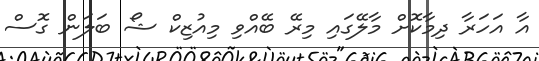
އާ އަހަރާ ދިމާކޮށް މާލޭގައި މިރޭ ބޭއްވި މިއުޒިކް ޝޯ ބަލަން ގޮސް